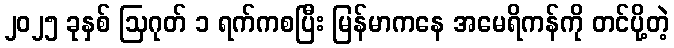
၂၀၂၅ ခုနှစ် ဩဂုတ် ၁ ရက်ကစပြီး မြန်မာကနေ အမေရိကန်ကို တင်ပို့တဲ့